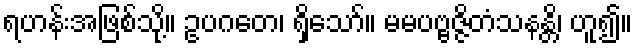
ရဟန်းအဖြစ်သို့။ ဥပဂတေ၊ ရှိသော်။ မမပဗ္ဗဇ္ဇိတံသနန္တိ၊ ဟူ၍။